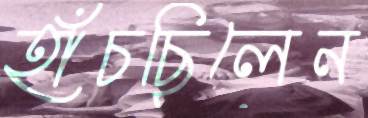
হাঁচছিলেন